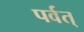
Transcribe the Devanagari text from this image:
पर्वत्